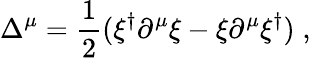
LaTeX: \Delta^{\mu}=\frac{1}{2}(\xi^{\dagger}\partial^{\mu}\xi-\xi\partial^{\mu}\xi^{\dagger})\; ,